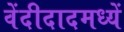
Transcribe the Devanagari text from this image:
वेंदीदादमध्यें